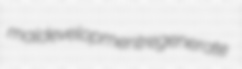
maldevelopment regenerate